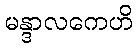
မန္ဒာလကေဟိ